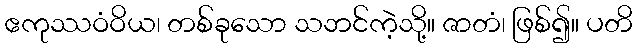
ဧကုဿဝံဝိယ၊ တစ်ခုသော သဘင်ကဲ့သို့။ ဇာတံ၊ ဖြစ်၍။ ပတိ